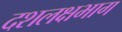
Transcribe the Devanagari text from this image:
दशलक्षभाग